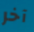
آخر